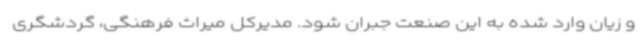
و زیان وارد شده به این صنعت جبران شود. مدیرکل میراث فرهنگی، گردشگری